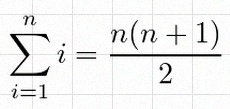
\sum_{i=1}^{n}i=\frac{n(n+1)}2